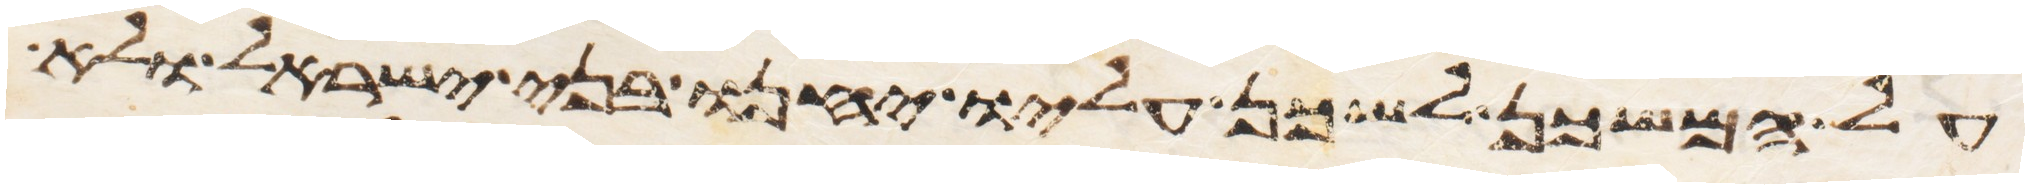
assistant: על המשכן לשכן עליו יחנו בני ישראל ולא